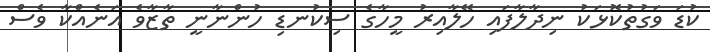
ކުޑަ ވަގުތުކޮޅަކު ނިދާލާފައި ހޭލާއިރު މީހާގެ ސިކުނޑި ހުންނާނީ ތާޒާވެ އަނެއްކާ ވެސް